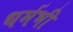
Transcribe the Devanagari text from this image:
धर्मभी